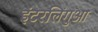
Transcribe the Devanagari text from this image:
इंटरलिंगुआ